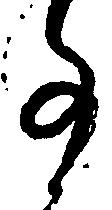
事